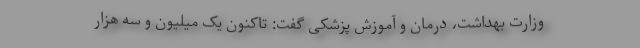
وزارت بهداشت، درمان و آموزش پزشکی گفت: تاکنون یک میلیون و سه هزار